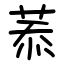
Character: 菾